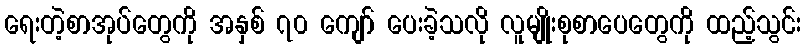
ရေးတဲ့စာအုပ်တွေကို အနှစ် ၇၀ ကျော် ပေးခဲ့သလို လူမျိုးစုစာပေတွေကို ထည့်သွင်း